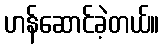
ဟန်ဆောင်ခဲ့တယ်။